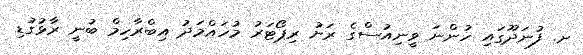
ށ. ފުނަދޫގައި ހުންނަ ވީނިއުސްގެ ރަށު ރިޕޯޓަރު މުހައްމަދު އިބްރާހިމް ބުނީ ރާޅުގުޑި